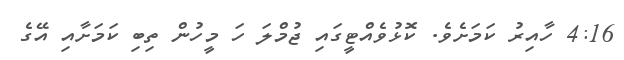
4:16 ހާއިރު ކަމަށެވެ. ކޮޅުވެއްޓީގައި ޖުމްލަ ހަ މީހުން ތިބި ކަމަށާއި އޭގެ